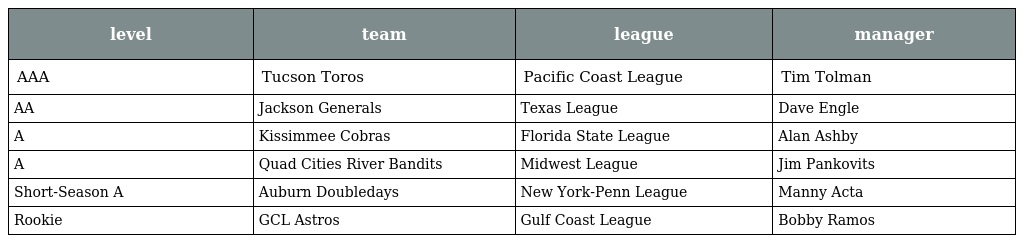
| level | team | league | manager |
 | --- | --- | --- | --- |
 | AAA | Tucson Toros | Pacific Coast League | Tim Tolman |
 | AA | Jackson Generals | Texas League | Dave Engle |
 | A | Kissimmee Cobras | Florida State League | Alan Ashby |
 | A | Quad Cities River Bandits | Midwest League | Jim Pankovits |
 | Short-Season A | Auburn Doubledays | New York-Penn League | Manny Acta |
 | Rookie | GCL Astros | Gulf Coast League | Bobby Ramos |